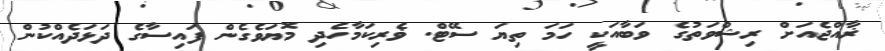
ޜާއްޖެއަށް ރިޝްވަތުގެ ވަބާއަކީ ހަމަ ތިޔަ ސޭޓް. ޥެރިކަމާހެދި މޮޔަވެގެން ފައިސާގެ ދަޅަދެއްކުން